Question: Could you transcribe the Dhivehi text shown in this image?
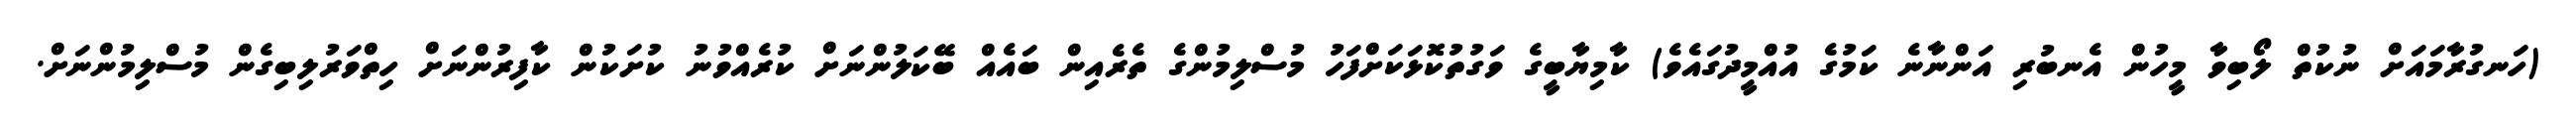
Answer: (ހަނގުރާމައަށް ނުކުތް ލޯބިވާ މީހުން އެނބުރި އަންނާނެ ކަމުގެ އުއްމީދުގައެވެ) ކާމިޔާބީގެ ވަގުތުކޮޅަކަށްފަހު މުސްލިމުންގެ ތެރެއިން ބައެއް ބޭކަލުންނަށް ކުރެއްވުނު ކުށަކުން ކާފިރުންނަށް ހިތްވަރުލިބިގެން މުސްލިމުންނަށް.